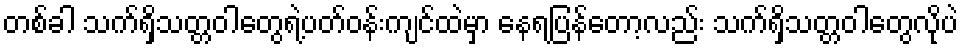
တစ်ခါ သက်ရှိသတ္တဝါတွေရဲ့ပတ်ဝန်းကျင်ထဲမှာ နေရပြန်တော့လည်း သက်ရှိသတ္တဝါတွေလိုပဲ